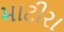
માટીરા